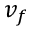
v _ { f }